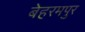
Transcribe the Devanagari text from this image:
बेहरमपुर